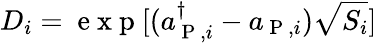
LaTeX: D_{i}=\mathrm{~e~x~p~}[(a_{\mathrm{~P~},i}^{\dagger}-a_{\mathrm{~P~},i})\sqrt{S_{i}}]